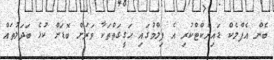
ބެން އެފްލެކް ޑައިރެކްޓްކުރި އެ ފިލްމުގައި ހަގީގަތްތަކާ ވަރަށް ބޮޑަށް ކުޅެ ބަދަލުތައް